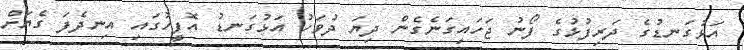
އަޅުގަނޑުގެ ދަރިފުޅުގެ ފޯނު ޖަހައިގަނެގެން ދިޔަ ދުވަހު އަޅުގަނޑު އޮފީހުގައި އިނދެފަ ގެޔަށް